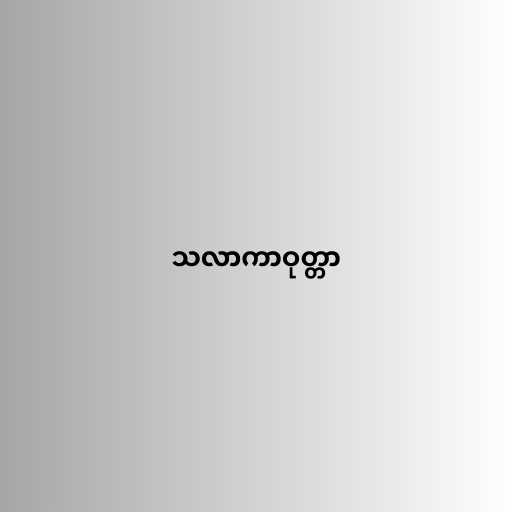
သလာကာဝုတ္တာ